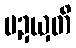
ပဍယှတိ